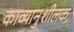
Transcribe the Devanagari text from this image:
काव्यानुशीलक